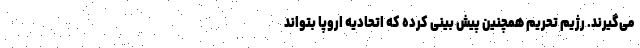
می‌گیرند. رژیم تحریم همچنین پیش بینی کرده که اتحادیه اروپا بتواند